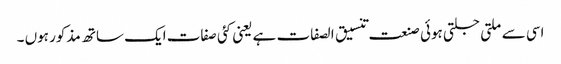
اسی سے ملتی جلتی ہوئی صنعت تنسیق الصفات ہے یعنی کئی صفات ایک ساتھ مذکور ہوں ۔